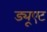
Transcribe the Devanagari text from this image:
ड्यूएट